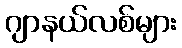
ဂျာနယ်လစ်များ